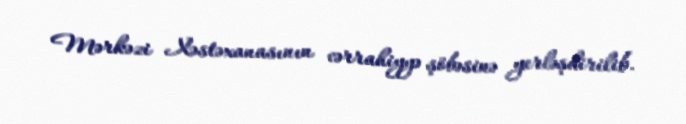
Mərkəzi Xəstəxanasının cərrahiyyə şöbəsinə yerləşdirilib.